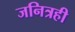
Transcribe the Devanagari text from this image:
जनित्रही